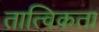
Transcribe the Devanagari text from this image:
तात्विकता